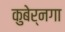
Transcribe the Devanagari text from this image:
कुबेर्नगा